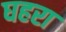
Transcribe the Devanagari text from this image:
घहरा